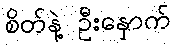
စိတ်နဲ့ ဦးနှောက်